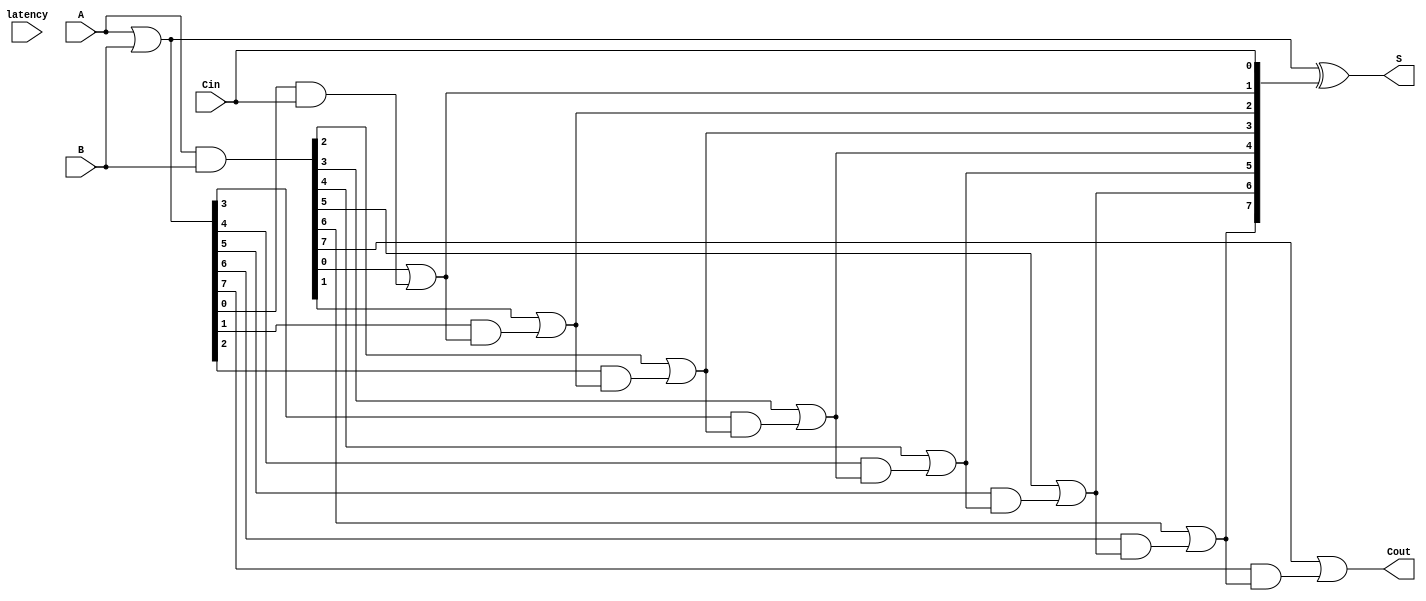
module VariableLatencyCLAA #(parameter N = 8) (
    input  wire [N-1:0] A,      // First n-bit input
    input  wire [N-1:0] B,      // Second n-bit input
    input  wire Cin,             // Carry-in
    input  wire [1:0] latency,   // Latency control signal
    output wire [N-1:0] S,       // n-bit sum output
    output wire Cout             // Carry-out
);

    // Generate and Propagate signals
    wire [N-1:0] G; // Generate
    wire [N-1:0] P; // Propagate
    wire [N:0] C;   // Carry signals

    // Generate and Propagate calculations
    assign G = A & B;
    assign P = A | B;

    // Carry calculation
    assign C[0] = Cin;

    genvar i;
    generate
        for (i = 1; i <= N; i = i + 1) begin : carry_calc
            assign C[i] = G[i-1] | (P[i-1] & C[i-1]);
        end
    endgenerate

    // Sum calculation
    assign S = P ^ C[N-1:0];

    // Carry-out
    assign Cout = C[N];

    // Variable latency control logic
    // This section can be modified to implement different levels of carry lookahead
    // based on the latency control signal.
    always @(*) begin
        case (latency)
            2'b00: begin
                // Fastest path (minimal latency)
                // Directly use the calculated carries
                // This can be optimized further based on design requirements
            end
            2'b01: begin
                // Medium latency path
                // Implement additional logic or delay here if needed
            end
            2'b10: begin
                // Longer latency path
                // Implement additional logic or delay here if needed
            end
            default: begin
                // Default case
            end
        endcase
    end

endmodule